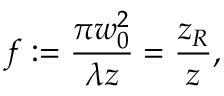
f : = \frac { \pi w _ { 0 } ^ { 2 } } { \lambda z } = \frac { z _ { R } } { z } ,